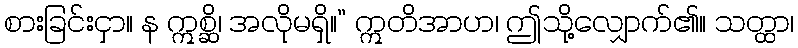
စားခြင်းငှာ။ န ဣစ္ဆိ၊ အလိုမရှိ။” ဣတိအာဟ၊ ဤသို့လျှောက်၏။ သတ္ထာ၊